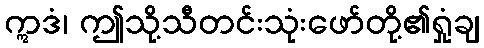
ဣဒံ၊ ဤသို့သီတင်းသုံးဖော်တို့၏ရှုံချ